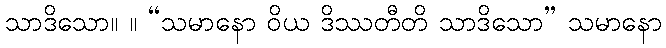
သာဒိသော။ ။ “သမာနော ဝိယ ဒိဿတီတိ သာဒိသော” သမာနော